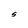
Character: S